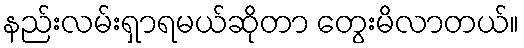
နည်းလမ်းရှာရမယ်ဆိုတာ တွေးမိလာတယ်။